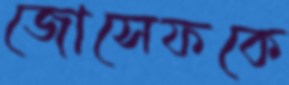
জোসেফকে